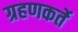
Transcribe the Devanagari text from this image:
ग्रहणकर्ते